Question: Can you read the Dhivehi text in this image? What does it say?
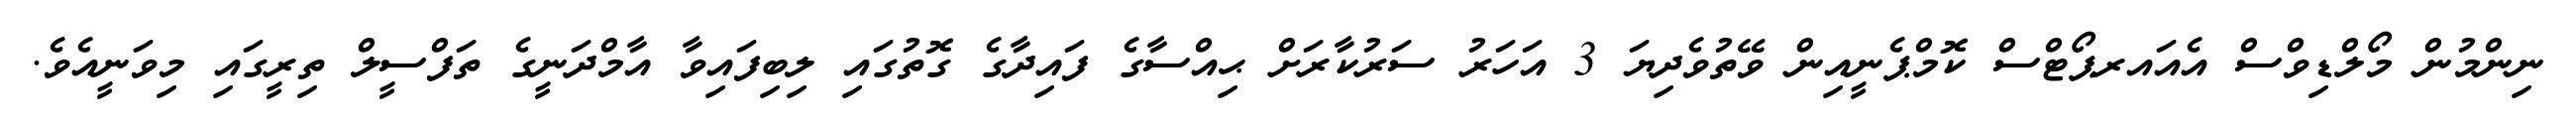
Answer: ނިންމުން މޯލްޑިވްސް އެއައރޕޯޓްސް ކޮމްޕެނީއިން ވޭތުވެދިޔަ 3 އަހަރު ސަރުކާރަށް ޙިއްސާގެ ފައިދާގެ ގޮތުގައި ލިބިފައިވާ އާމްދަނީގެ ތަފްސީލް ތިރީގައި މިވަނީއެވެ.